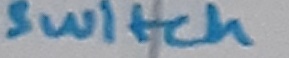
Text: switch